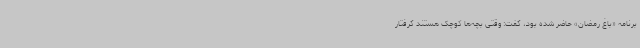
برنامه «باغ رمضان» حاضر شده بود، گفت: وقتی بچه‌ها کوچک هستند گرفتار